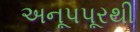
અનૂપપૂરથી